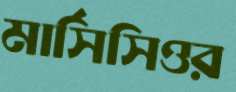
মার্সিসিওর